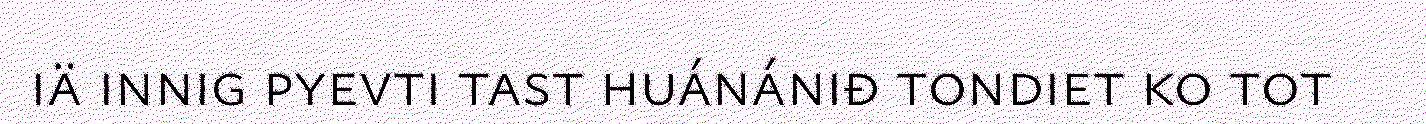
iä innig pyevti tast huánániđ tondiet ko tot